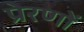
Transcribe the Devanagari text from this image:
प्रेरणों